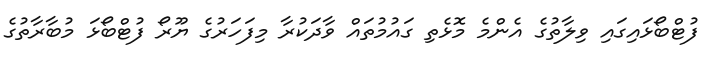
ފުޓްބޯޅައިގައި ވިލާތުގެ އެންމެ މޮޅެތި ގައުމުތައް ވާދަކުރާ މިފަހަރުގެ ޔޫރޯ ފުޓްބޯޅަ މުބާރާތުގެ